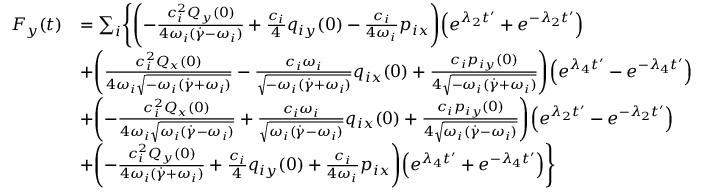
\begin{array} { r l } { F _ { y } ( t ) } & { = \sum _ { i } \Biggl \{ \Biggl ( - \frac { c _ { i } ^ { 2 } Q _ { y } ( 0 ) } { 4 \omega _ { i } ( \dot { \gamma } - \omega _ { i } ) } + \frac { c _ { i } } { 4 } q _ { i y } ( 0 ) - \frac { c _ { i } } { 4 \omega _ { i } } p _ { i x } \Biggr ) \Bigl ( e ^ { \lambda _ { 2 } t ^ { \prime } } + e ^ { - \lambda _ { 2 } t ^ { \prime } } \Bigr ) } \\ & { + \Biggl ( \frac { c _ { i } ^ { 2 } Q _ { x } ( 0 ) } { 4 \omega _ { i } \sqrt { - \omega _ { i } ( \dot { \gamma } + \omega _ { i } ) } } - \frac { c _ { i } \omega _ { i } } { \sqrt { - \omega _ { i } ( \dot { \gamma } + \omega _ { i } ) } } q _ { i x } ( 0 ) + \frac { c _ { i } p _ { i y } ( 0 ) } { 4 \sqrt { - \omega _ { i } ( \dot { \gamma } + \omega _ { i } ) } } \Biggr ) \Bigl ( e ^ { \lambda _ { 4 } t ^ { \prime } } - e ^ { - \lambda _ { 4 } t ^ { \prime } } \Bigr ) } \\ & { + \Biggl ( - \frac { c _ { i } ^ { 2 } Q _ { x } ( 0 ) } { 4 \omega _ { i } \sqrt { \omega _ { i } ( \dot { \gamma } - \omega _ { i } ) } } + \frac { c _ { i } \omega _ { i } } { \sqrt { \omega _ { i } ( \dot { \gamma } - \omega _ { i } ) } } q _ { i x } ( 0 ) + \frac { c _ { i } p _ { i y } ( 0 ) } { 4 \sqrt { \omega _ { i } ( \dot { \gamma } - \omega _ { i } ) } } \Biggr ) \Bigl ( e ^ { \lambda _ { 2 } t ^ { \prime } } - e ^ { - \lambda _ { 2 } t ^ { \prime } } \Bigr ) } \\ & { + \Biggl ( - \frac { c _ { i } ^ { 2 } Q _ { y } ( 0 ) } { 4 \omega _ { i } ( \dot { \gamma } + \omega _ { i } ) } + \frac { c _ { i } } { 4 } q _ { i y } ( 0 ) + \frac { c _ { i } } { 4 \omega _ { i } } p _ { i x } \Biggr ) \Bigl ( e ^ { \lambda _ { 4 } t ^ { \prime } } + e ^ { - \lambda _ { 4 } t ^ { \prime } } \Bigr ) \Biggr \} } \end{array}